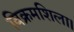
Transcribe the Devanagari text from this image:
विक्रमशिला।